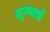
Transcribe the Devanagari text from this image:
शून्याचे